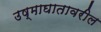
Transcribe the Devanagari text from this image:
उष्माघातावरील